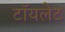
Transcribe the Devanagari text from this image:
टाॅयलेट